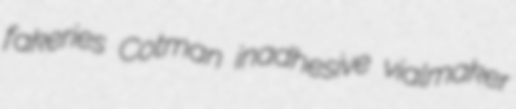
fakeries Cotman inadhesive vialmaker